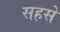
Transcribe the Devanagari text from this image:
सहसे